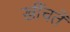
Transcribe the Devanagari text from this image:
खींचतें